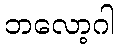
ဘလော့ဂါ